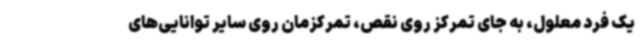
یک فرد معلول، به جای تمرکز روی نقص، تمرکزمان روی سایر توانایی‌های